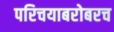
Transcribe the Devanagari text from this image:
परिचयाबरोबरच